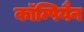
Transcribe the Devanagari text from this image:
कॉम्पियैन